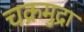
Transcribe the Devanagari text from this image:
चक्रमुद्रा